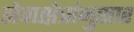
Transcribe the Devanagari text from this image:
सेवाक्षेत्रांनुसार